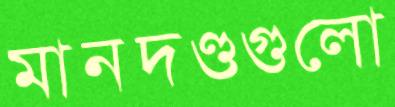
মানদণ্ডগুলো